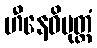
ဟီနေဓိမုတ္တံ